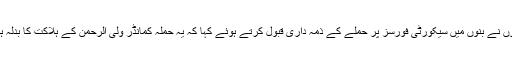
انہوں نے بنوں میں سیکورٹی فورسز پر حملے کے ذمہ داری قبول کرتے ہوئے کہا کہ یہ حملہ کمانڈر ولی الرحمن کے ہلاکت کا بدلہ ہے۔